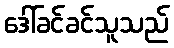
ဒေါ်ခင်ခင်သူသည်